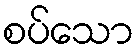
စပ်သော